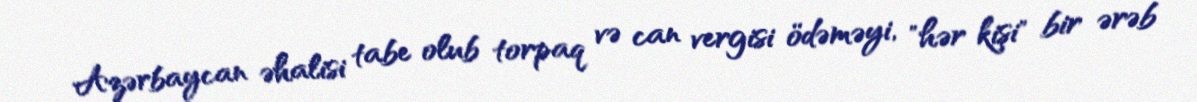
Azərbaycan əhalisi tabe olub torpaq və can vergisi ödəməyi, "hər kişi" bir ərəb